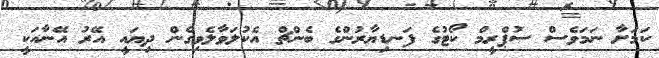
ކަމަށާ ނަމަވެސް ސުޕްރީމް ކޯޓުގެ ފަނޑިޔާރުންގެ ބެންޗް އެކުލަވާލެވިގެން ދިޔައީ އޭރު އޭނާއަކީ